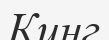
Кинг